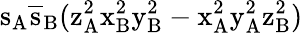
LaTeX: \mathrm{s_{A}\mathrm{\overline{{s}}_{B}(\mathrm{z_{A}^{2}\mathrm{x_{B}^{2}\mathrm{y_{B}^{2}-\mathrm{x_{A}^{2}\mathrm{y_{A}^{2}\mathrm{z_{B}^{2})}}}}}}}}